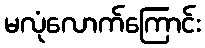
မလုံလောက်ကြောင်း